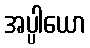
အပ္ပါယော